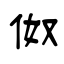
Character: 伮